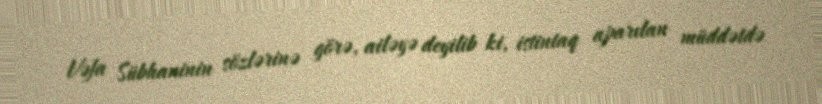
Vəfa Sübhaninin sözlərinə görə, ailəyə deyilib ki, istintaq aparılan müddətdə